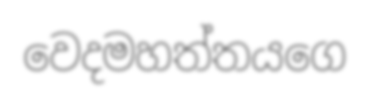
වෙදමහත්තයගෙ